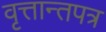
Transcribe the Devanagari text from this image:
वृत्तान्तपत्र